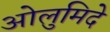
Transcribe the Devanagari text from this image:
ओलुमिदे